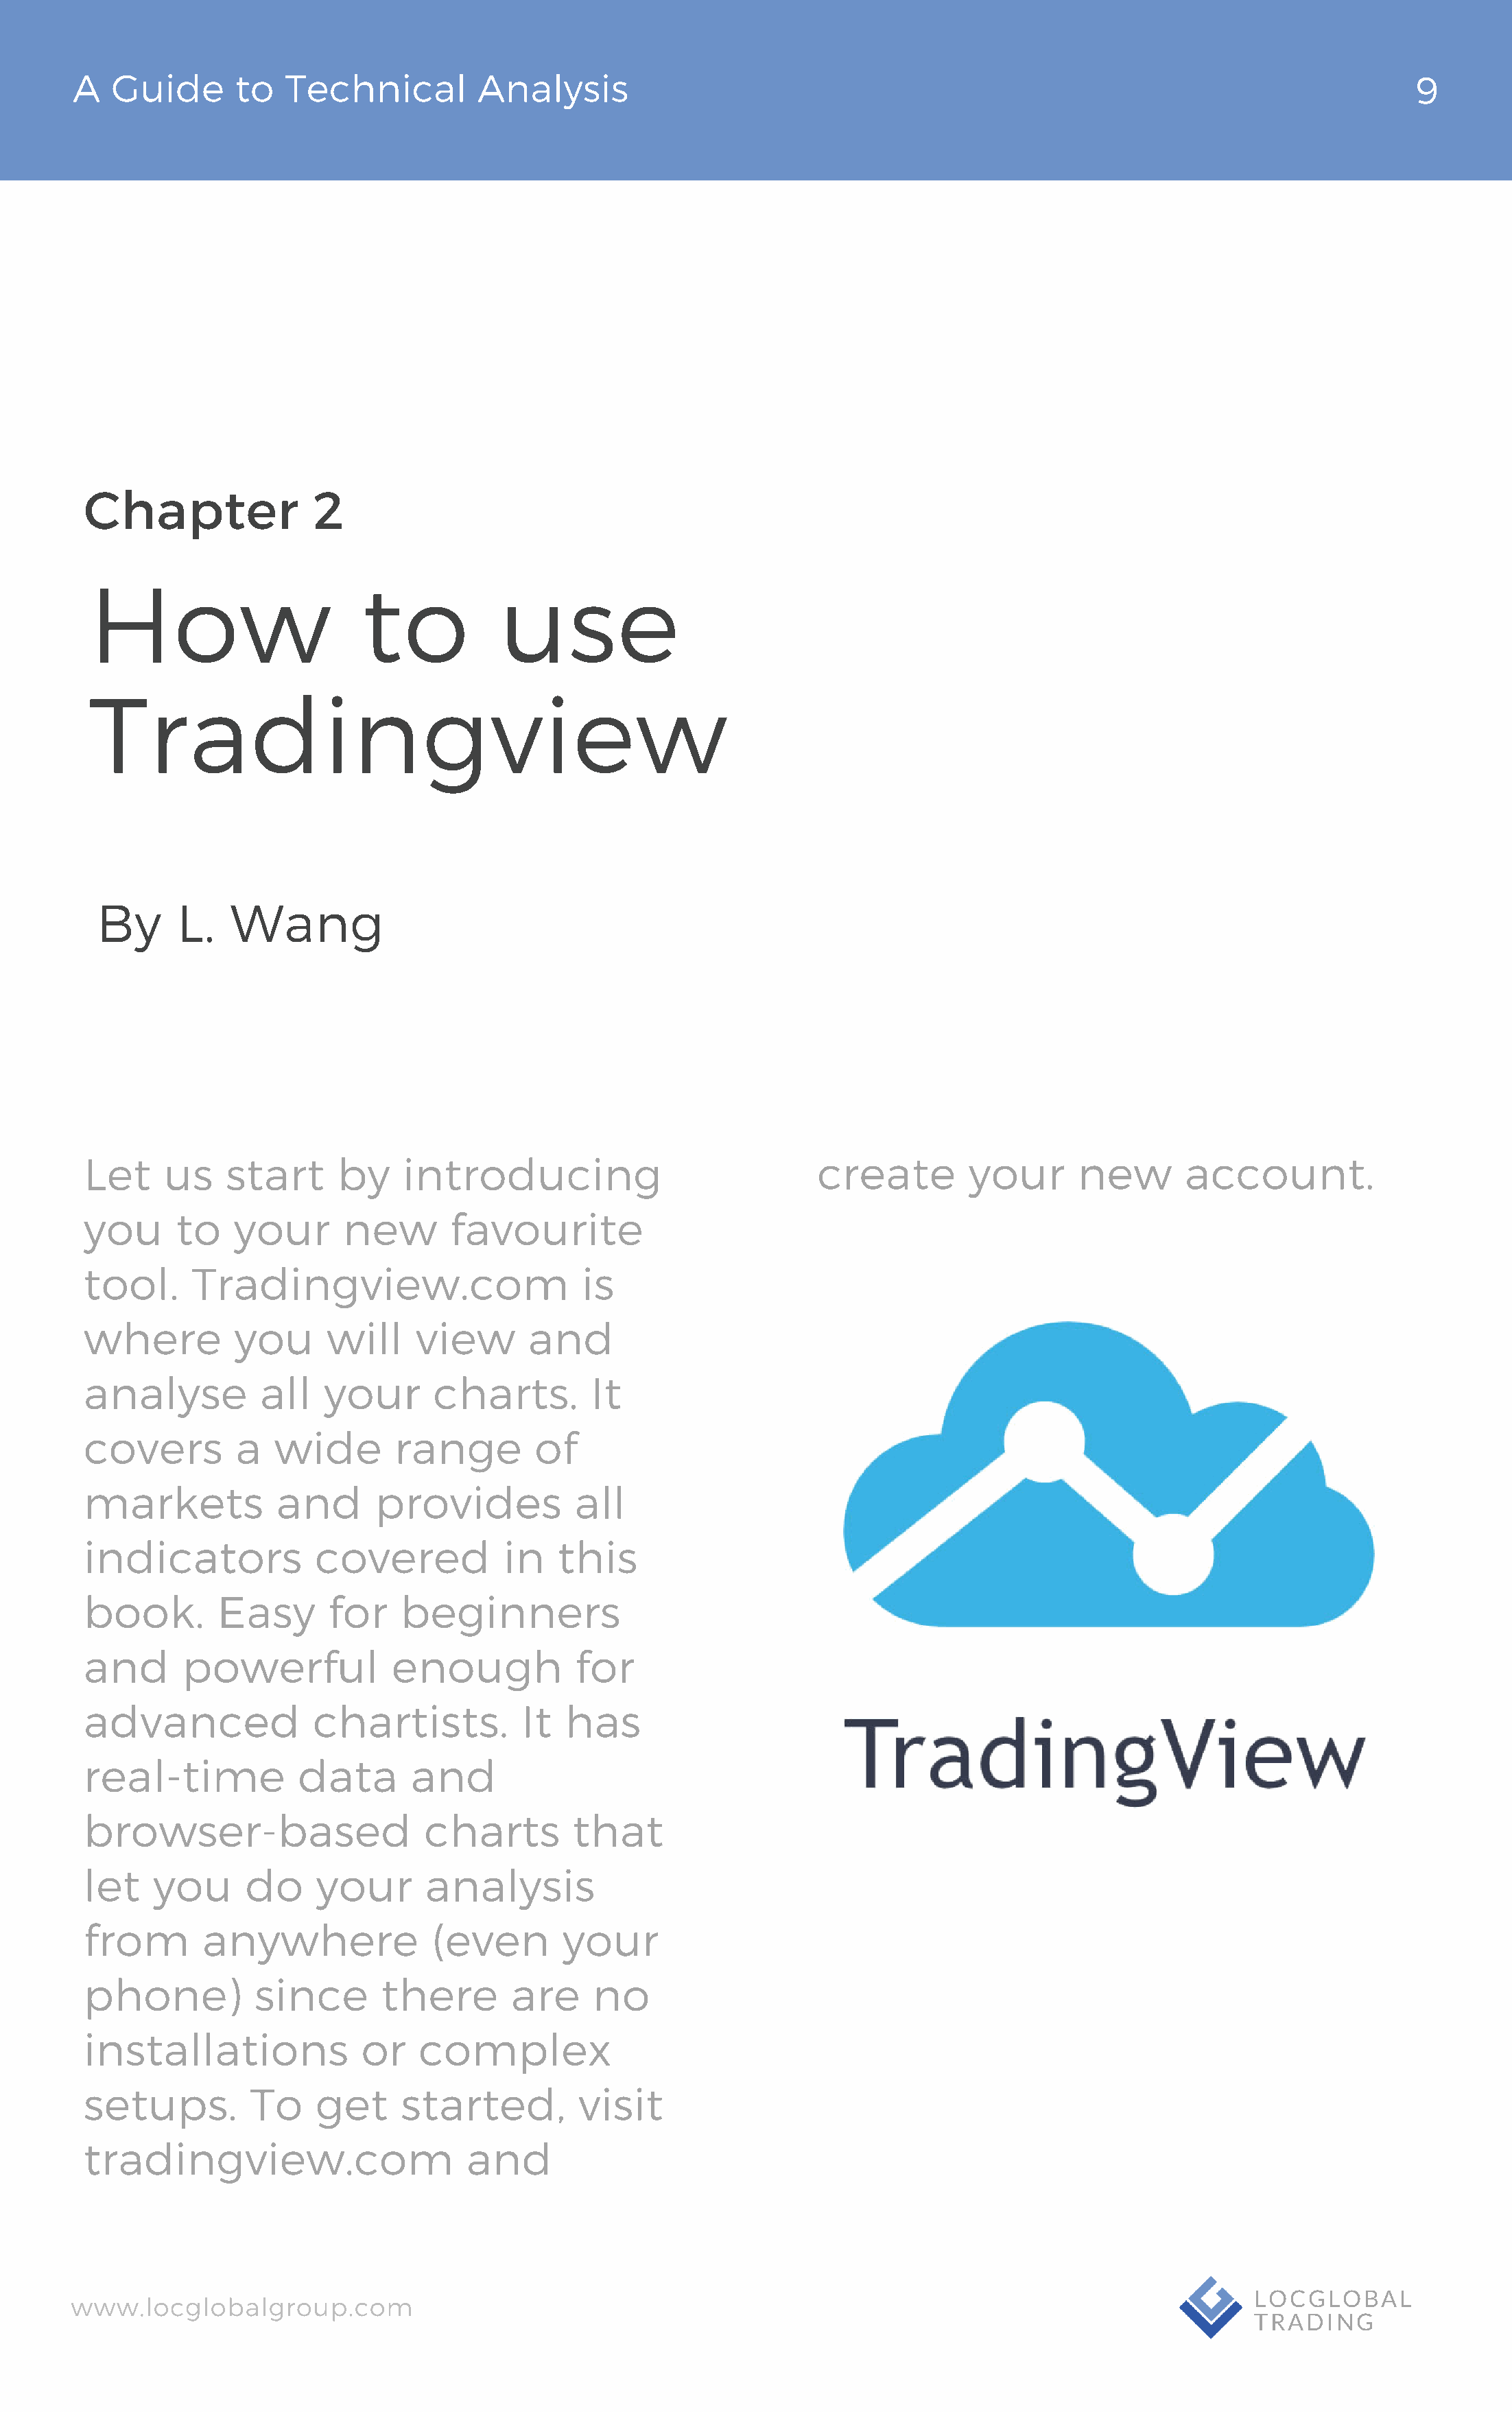
A   Guide       to  Technical          Analysis                                                                                   9
 Chapter               2
 How                       to           use
 Tradingview
 By      L.   Wang
 Let     us    start      by    introducing                             create        your       new       account.
 you      to    your      new       favourite
 tool.     Tradingview.com                       is
 where          you      will    view       and
 analyse          all   your       charts.        It
 covers         a  wide        range         of
 markets            and      provides           all
 indicators            covered            in   this
 book.        Easy       for    beginners
 and       powerful            enough            for
 advanced              chartists.          It  has
 real-time            data       and
 browser-based                    charts        that
 let    you      do    your       analysis
 from        anywhere              (even       your
 phone)           since       there       are     no
 installations              or   complex
 setups.         To    get      started,         visit
 tradingview.com                      and
 www.locglobalgroup.com                                                                                            LOCGLOBAL
 TRADING